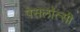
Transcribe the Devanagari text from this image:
पेसलॉत्सी